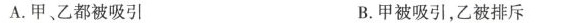
A.甲、乙都被吸引 B.甲被吸引，乙被排斥